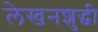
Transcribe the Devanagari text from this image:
लेखनशुद्धी